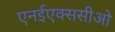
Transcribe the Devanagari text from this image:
एनईएक्ससीओ